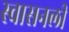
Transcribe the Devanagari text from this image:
स्वासनली